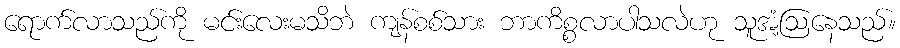
ရောက်လာသည်ကို မင်းလေးမသိဘဲ ကျန်စစ်သား ဘာကိစ္စလာပါသလဲဟု သူအံ့ဩနေသည်။